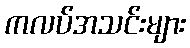
ကလပ်အသင်းများ